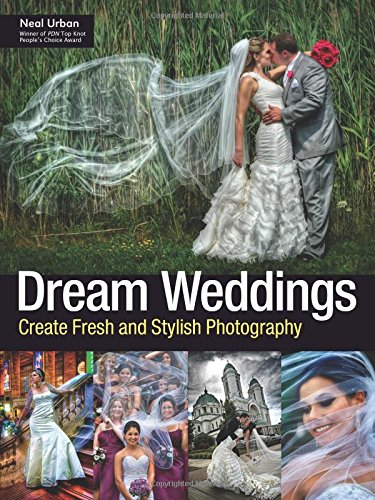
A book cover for Dream Weddings: Create Fresh and Stylish Photography; Neal Urban; Crafts, Hobbies & Home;